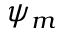
\psi _ { m }